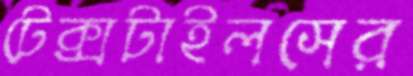
টেক্সটাইলসের